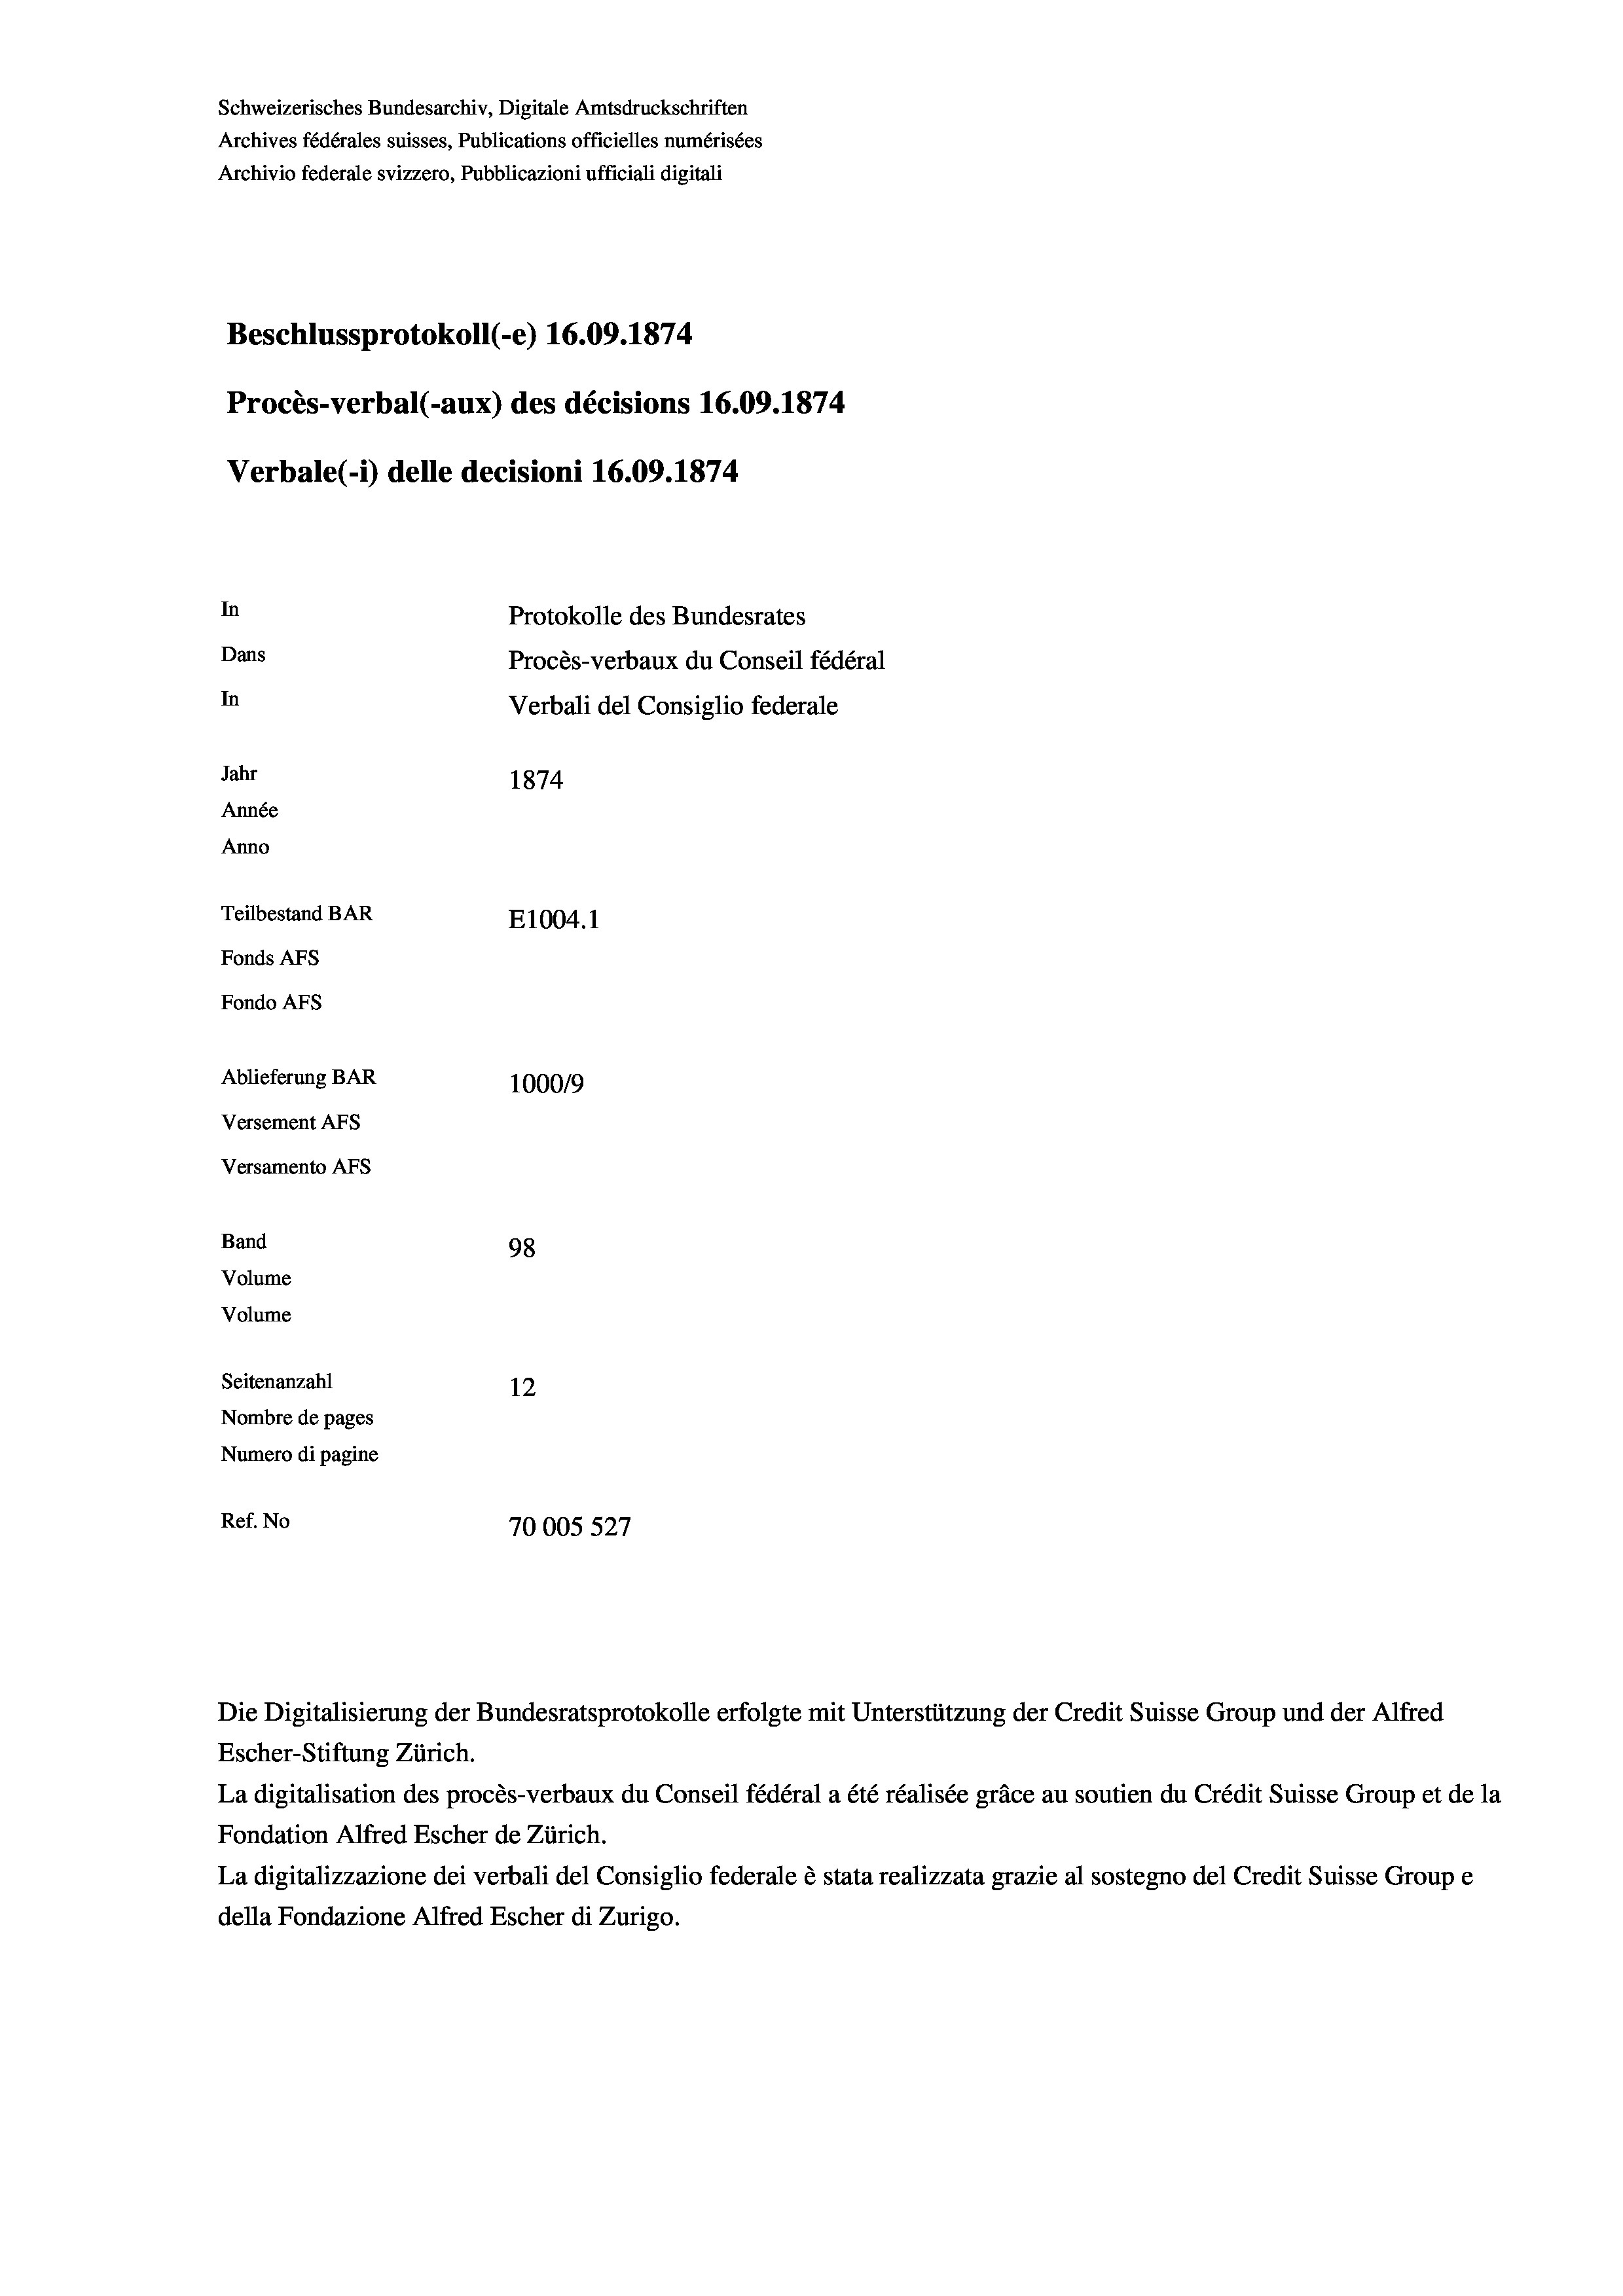
Schweizerisches Bundesarchiv, Digitale Amtsdruckschriften
Archives fédérales suisses, Publications officielles numérisées
Archivio federale svizzero, Pubblicazioni ufficiali digitali
Beschlussprotokoll (-e) 16.09. 1874.
Procès-verbal (-aux) des décisions 16.09. 1874
Verbale (i) delle decisioni 16.09. 1874
In
Protokolle des Bundesrates
Dans
Procès-verbaux du Conseil fédéral
In
Verbali del Consiglio federale
Jahr
1874
Année
Anno
Teilbestand BAR
E1004. 1
Fonds AFs
Fondo AFs
Ablieferung BAR
100019
Versement AFS
Versamento Afs
Band
98
Volume
Volume

Seitenanzahl
12
Nombre de pages
Numero di pagine
Ref. No
70005 527

Escher-Stiftung Zürich.
La digitalisation des procès-verbaux du Conseil fédéral a été réalisée gräce au soutien du Crédit Suisse Group et de la
Fondation Alfred Escher de Zürich.
La digitalizzazione dei verbali del Consiglio federale è stata realizzata grazie al sostegno del Credit Suisse Groupe
della Fondazione Alfred Escher di Zurigo.

Die Digitalisierung der Bundesratsprotokolle erfolgte mit Unterstützung der Credit Suisse Group und der Alfred